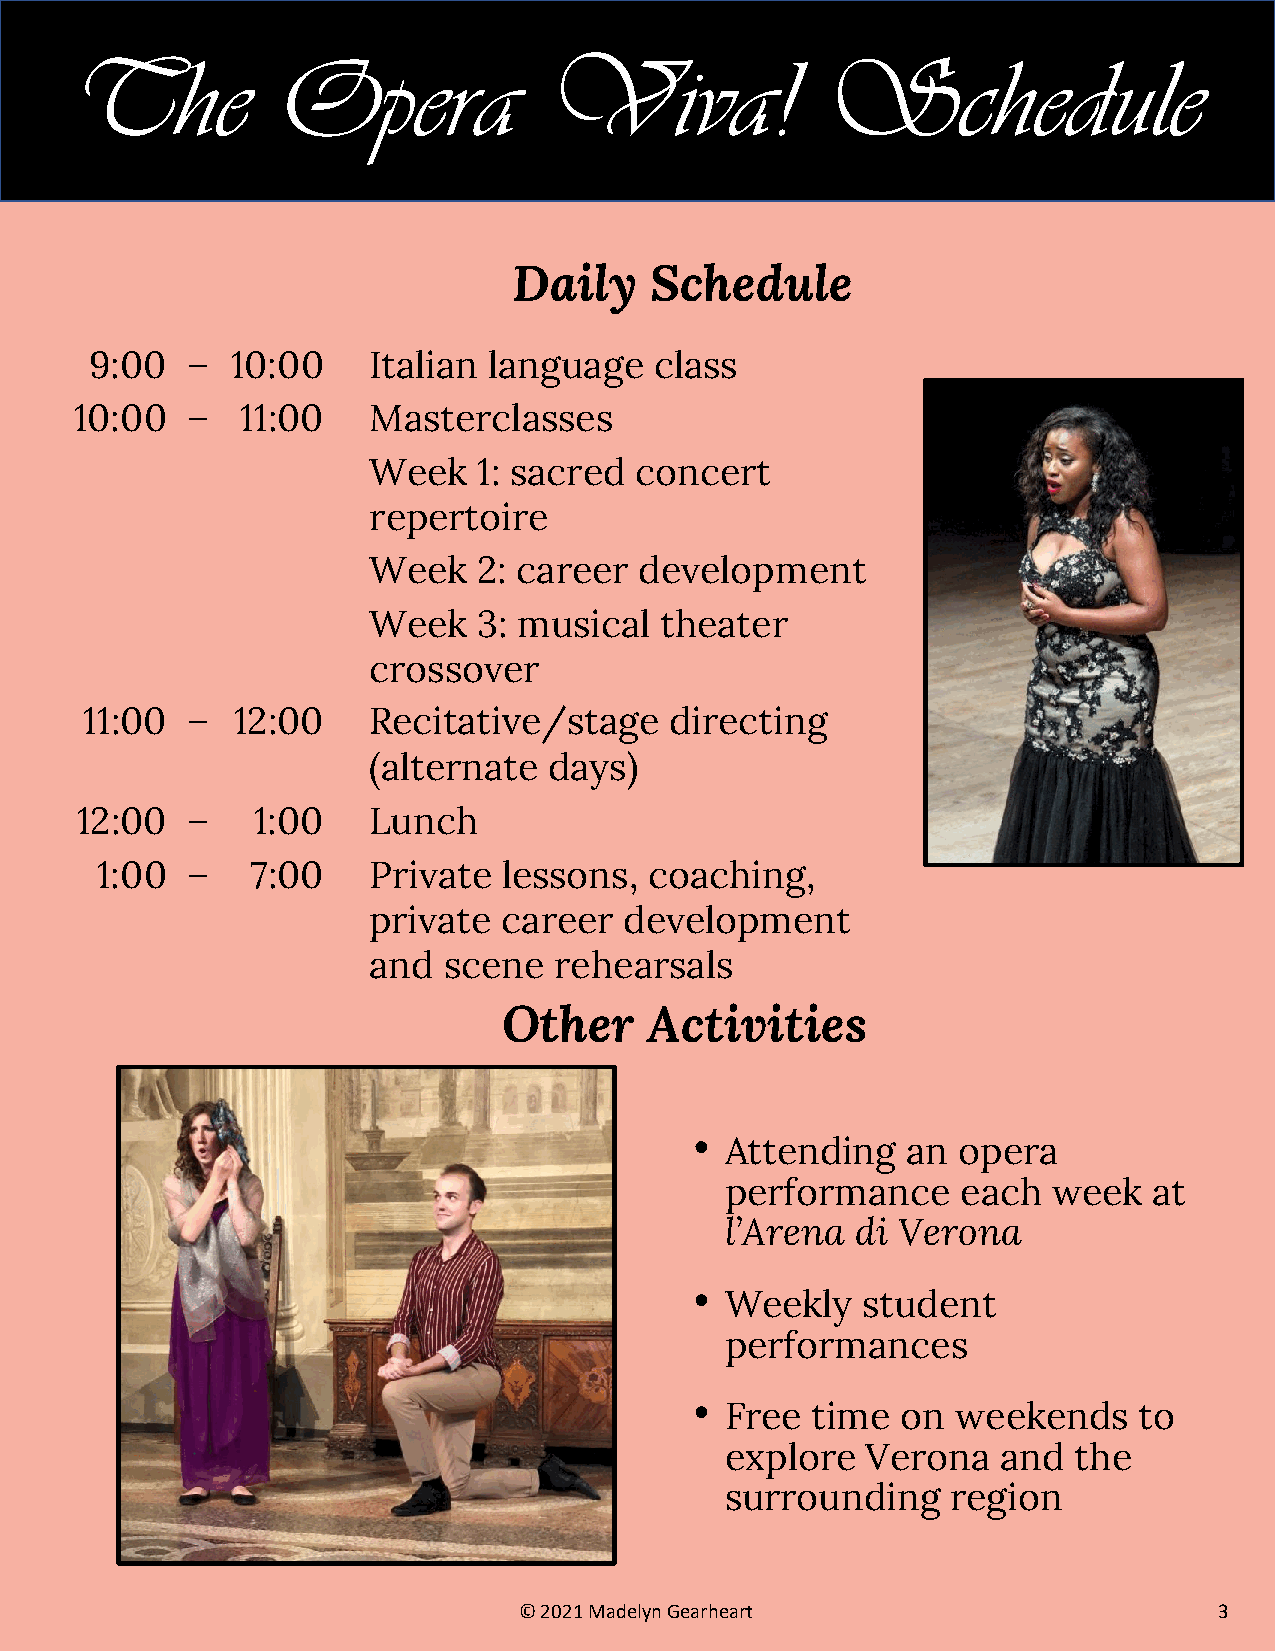
The          Opera             Viva!             Schedule
 Daily    Schedule
 9:00  –  10:00    Italian language   class
 10:00  –   11:00   Masterclasses
 Week    1: sacred concert
 repertoire
 Week    2: career development
 Week    3: musical  theater
 crossover
 11:00 –  12:00    Recitative/stage    directing
 (alternate  days)
 12:00  –    1:00   Lunch
 1:00  –    7:00   Private  lessons,  coaching,
 private  career  development
 and  scene   rehearsals
 Other     Activities
 •
 Attending   an opera
 performance     each  week  at
 l’Arena  di Verona
 •
 Weekly   student
 performances
 •
 Free  time  on weekends    to
 explore  Verona   and  the
 surrounding    region
 © 2021 Madelyn Gearheart                       3